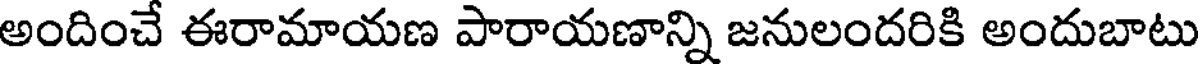
అందించే ఈరామాయణ పారాయణాన్ని జనులందరికి అందుబాటు